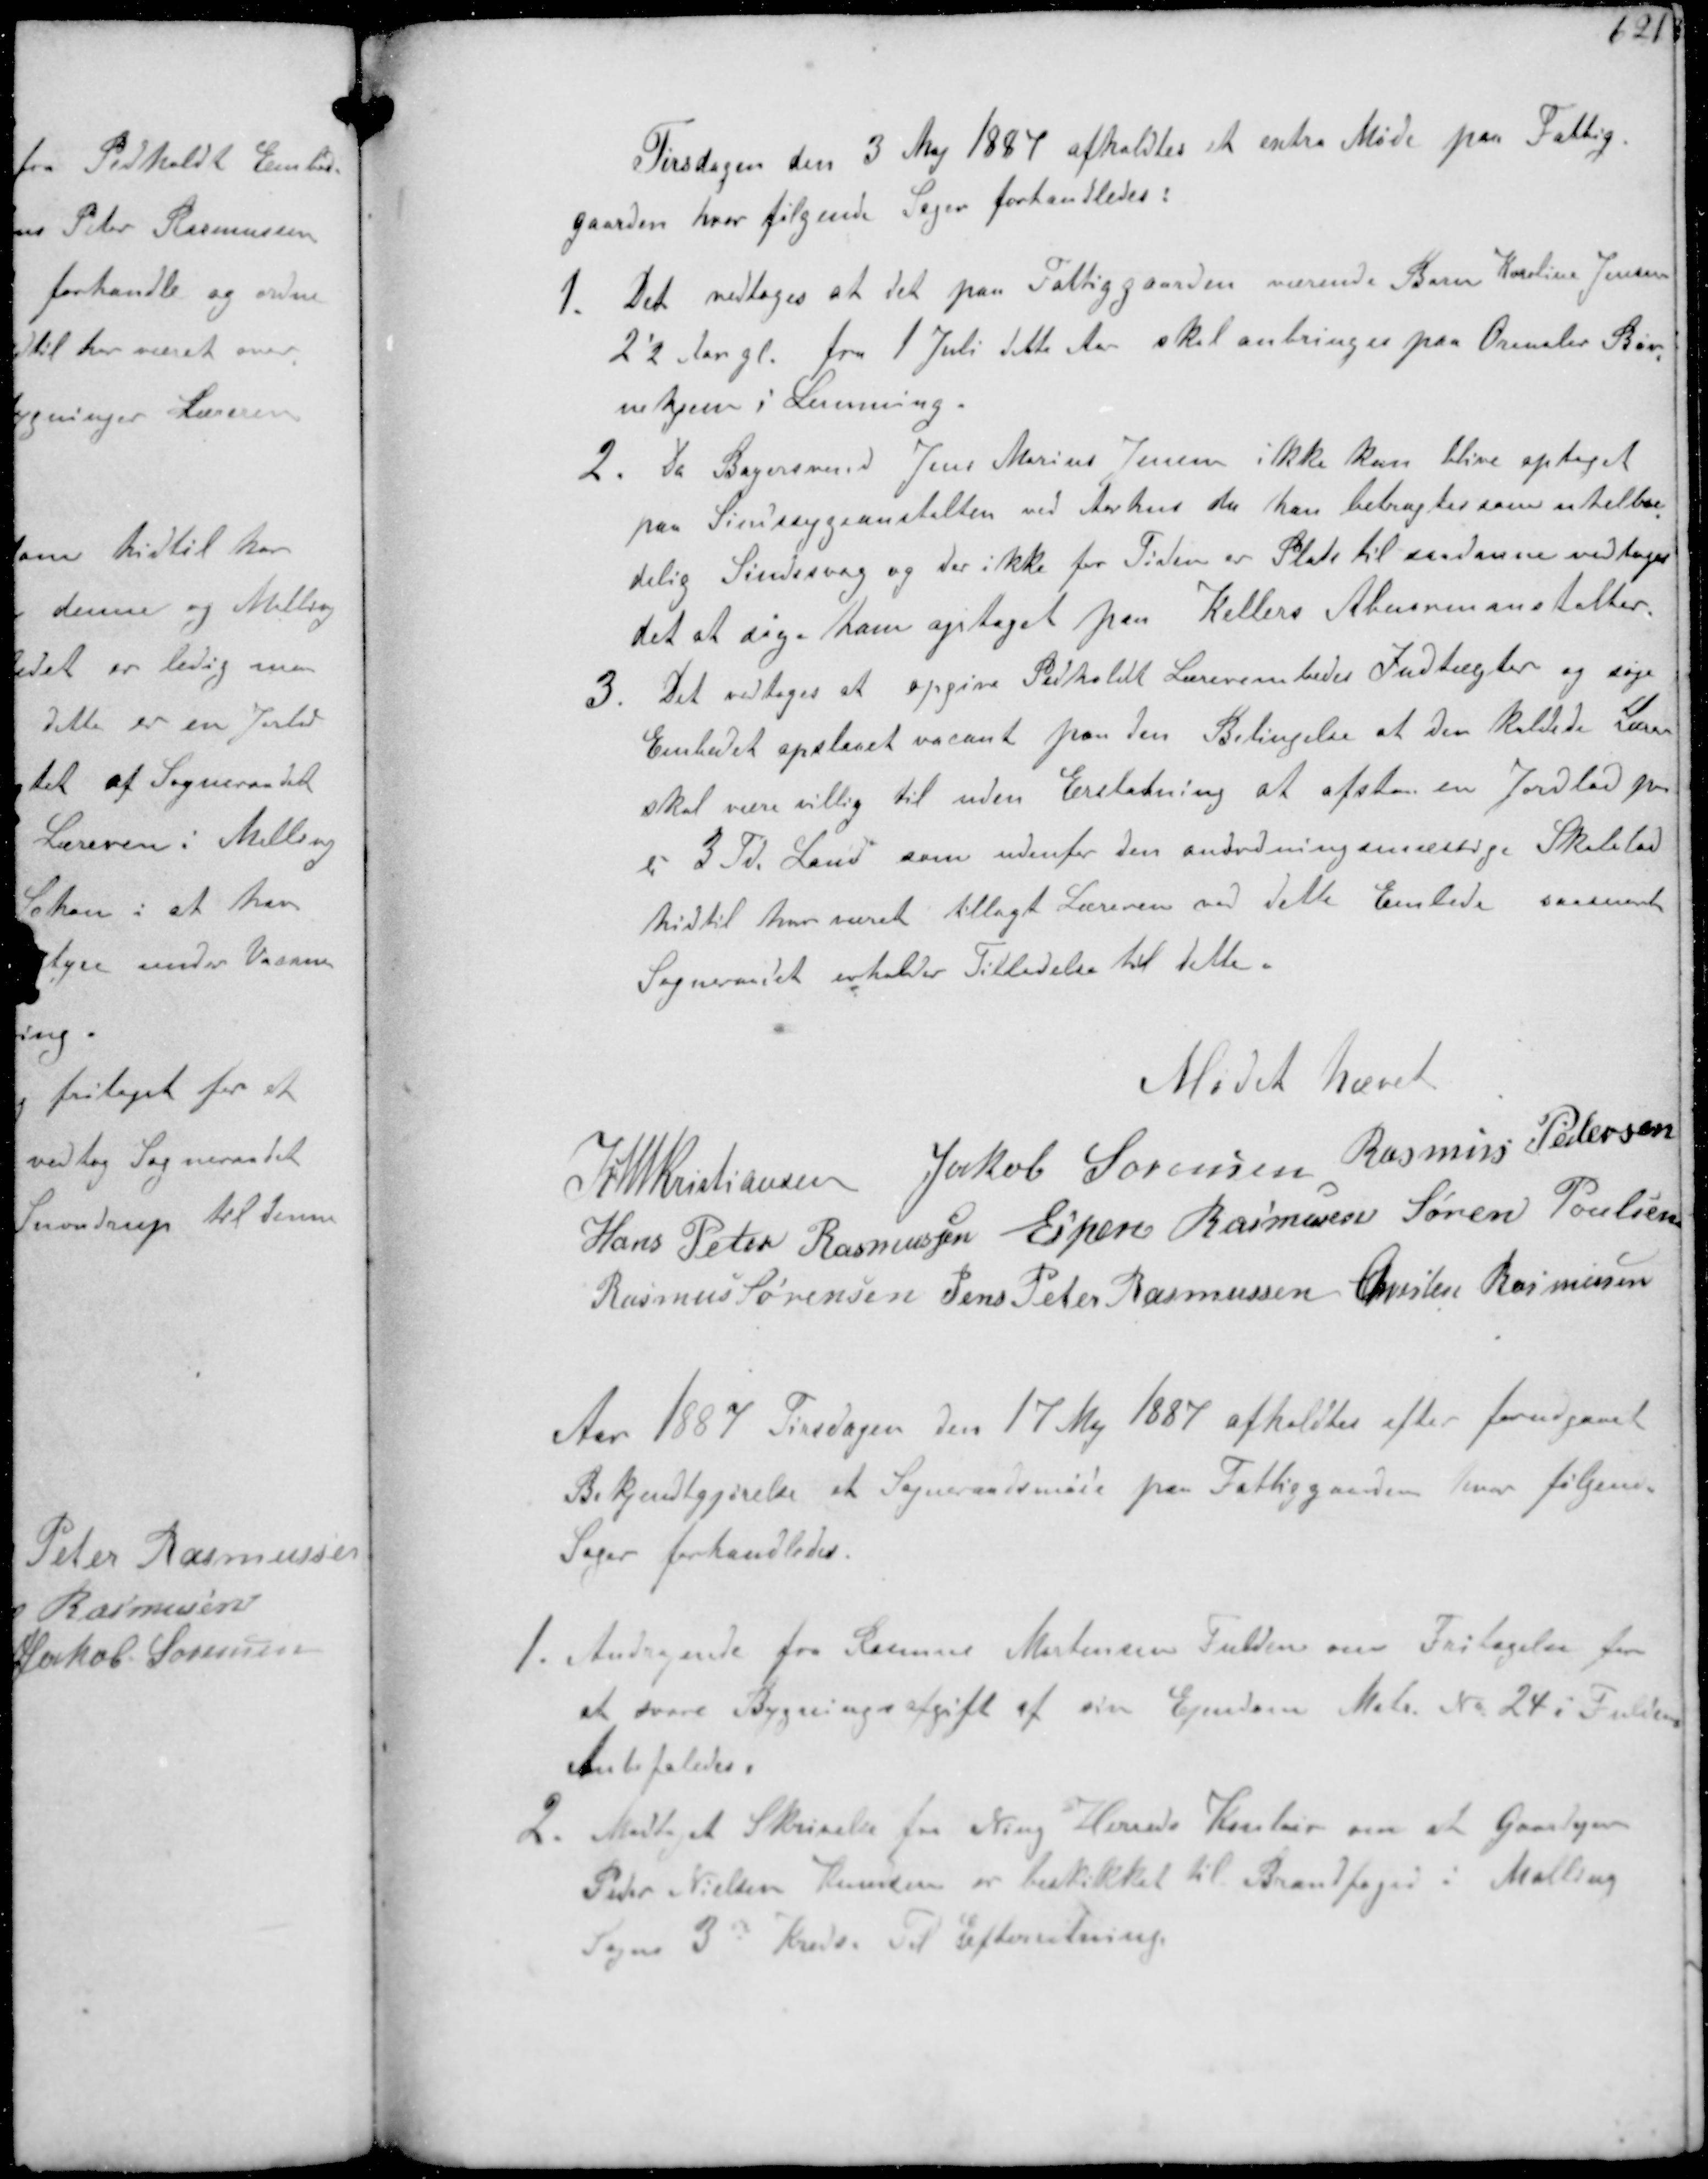
Transskription:
Tirsdagen den 3 Maj 1887 afholdtes et extra Møde paa Fattig-
gaarden hvor følgende Sager forhandledes:
1. Det vedtoges at det paa Fattiggaarden værende Barn Karoline Jensen
2'2 Aar gl. fra 1 Juli dette Aar skal anbringes paa Ormslev Bør-
nehjem i Lemming
2. Da Bagersvend Jens Marius Jensen ikke kan blive optaget
paa Sindsygeanstalten ved Aarhus da han betragtes som uhelbre-
delig Sindssvag og der ikke for Tiden er Plads til saadanne vedtoges
det at søge ham optaget paa Kellers Alumneanstalter.
3. Det vedtoges at opgive Pedholdt Lærerembedes Indtægter og søge
Embedet opslaaet vacant paa den Betingelse at den kaldede Lærer
skal være villig til uden Erstatning at afstaa en Jordlod paa
c 3 Td. Land som udenfor den anordningsmæssige Skolelod
hidtil har været tillagt Læreren ved dette Embede saasnart
Sogneraadet erholder Tilladelse til dette.

Mødet hævet

K N M Kristiansen Jakob Sørensen Rasmus Pedersen
Hans Peter Rasmussen Espen Rasmussen Søren Poulsen
Rasmus Sørensen Jens Peter Rasmussen Christen Rasmussen

Aar 1887 Tirsdagen den 17 Maj 1887 afholdtes efter forudgaaet
Bekjentgjørelse et Sogneraadsmøde paa Fattiggaarden hvor følgende
Sager forhandledes.
1. Andragende fra Rasmus Mortensen Fulden om Fritagelse for
at svare Bygningsafgift af sin Ejendom Matr. No 24 i Fulden
Anbefaledes.
2. Modtaget Skrivelse fra Ning Herreds Kontor om at Gaardejer
Peder Nielsen Knudsen er beskikket til Brandfoged i Malling
Sogns 3de Kreds. Til Efterretning